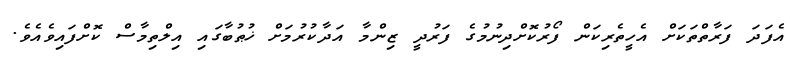
އެފަދަ ފަރާތްތަކަށް އެހީތެރިކަން ފޯރުކޮށްދިނުމުގެ ފަރުދީ ޒިންމާ އަދާކުރުމަށް ޚުޠުބާގައި އިލްތިމާސް ކޮށްފައިވެއެވެ.